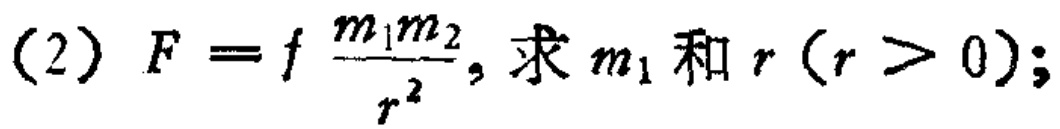
(2) \(F = f\frac{m_1m_2}{r^2}\), 求 \(m_1\) 和 \(r\ (r > 0)\);